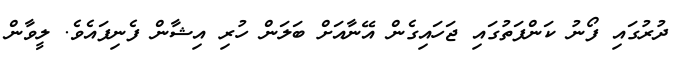
ދުރުގައި ފޯނު ކަންފަތުގައި ޖަހައިގެން އޭނާއަށް ބަލަން ހުރި އިޝާން ފެނިފައެވެ. ލީވާން